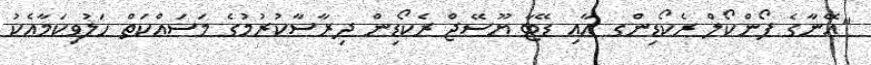
"އޭނާގެ ފޯންކޯލް ރެކޯޑިންގ އާއި ޑޭޓާ ޔޫސޭޖް ރެކޯޑިން ދިރާސާކުރުމުގެ މަސައްކަތް ހަލުވިކަމާއެކު